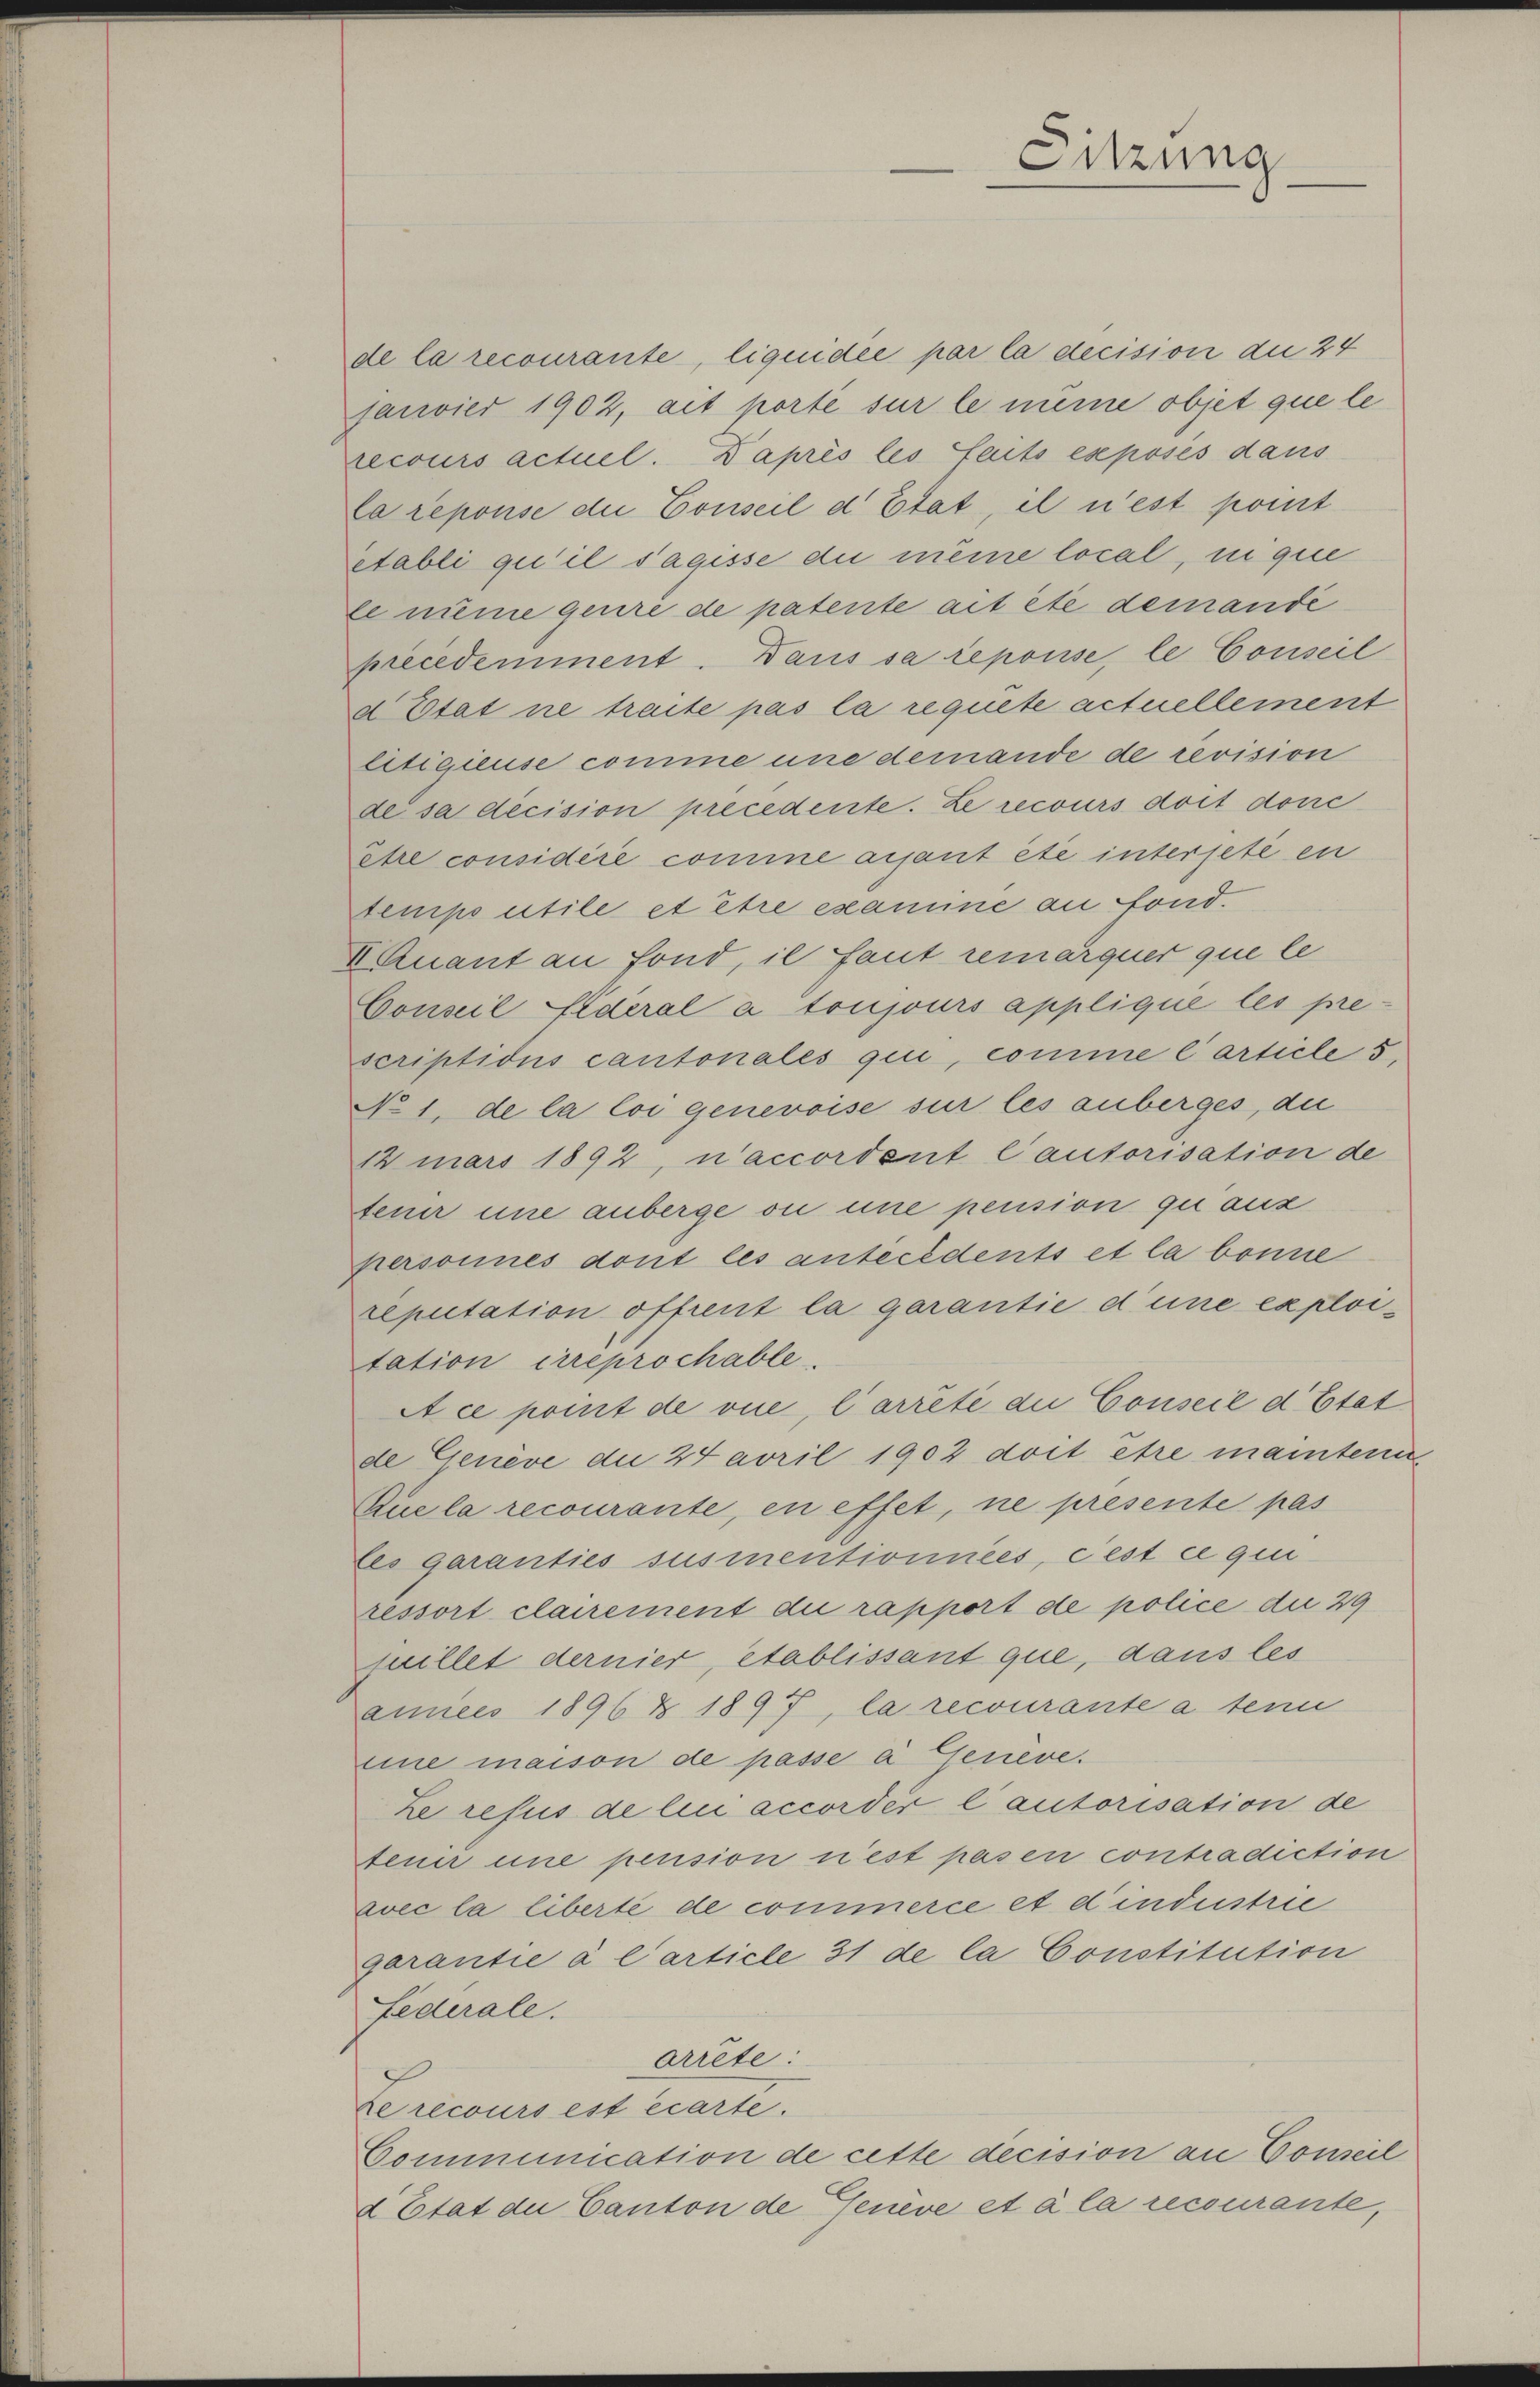
Sitzung

de la recourante, liquidée par la decision du 24
fanvier 1902, ait porte sur le meine objet que le
recours actuel. Daprès les faits exposés dans
la reponse die Conseil d Etat, il n’est point
Etabli qu’il s’agisse die meine local, in que
tenime gerire de patente ait été demandé
precedemment. Dans sa repouse, le Conseil
d Etat ne traite pas la requete actuellement
litigieuse comme une demande de revision
de sa decision precedente. Le recours dort donc
ehre considère comme aisant été intersete en
tempo utile et être examiné au fond.
E Quant an Fond, il faut remarquer que le
Conseil Eideral à toujours applique les pre-
scriptidus cantonales qui, comme Carticle 5,
No 1. de la loi genevoise sur les anberges, die
12 mars 1892, n’accordent l’autorisation de
teuer une anberge ou eine pension quanz
personnes dont les antecedents et la bonne
reputation offrent la garantie d’une exploitation irreprochable.
A ce point de vue, l’arrête die Conseil d’Etat
de Genève die 24 avril 1902 doit être maintern
Kuela recourante, en effet, ne presente pas
fes garanties susmentionnées, cest ce qui
ressort clairement die rapport de police die 29
quillet dernier, établissant que, dans les
annes 1896 Z 1897, la recourante a tenu
eine maison de passe ei Geneve.
ze resus de lici accorder lautorisation de
teuer une pension n’est pas en contradiction
avec la liberté de commerce et d’industrie
garantie à l’article 31 de la Constitution
Federale.
arrête:
Le recours est écarte.
Communication de cette decision an Conseil
d Etat die Canton de Geneve et à la recourante,